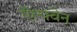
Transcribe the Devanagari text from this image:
ऍल्फ्वेन